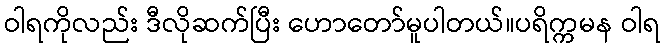
ဝါရကိုလည်း ဒီလိုဆက်ပြီး ဟောတော်မူပါတယ်။ပရိက္ကမန ဝါရ